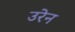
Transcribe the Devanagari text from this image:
उरेन